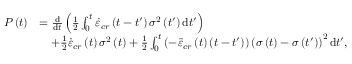
\begin{array} { r l } { P \left( t \right) } & { = \frac { \mathrm { d } } { \mathrm { d } t } \left( \frac { 1 } { 2 } \int _ { 0 } ^ { t } \dot { \varepsilon } _ { c r } \left( t - t ^ { \prime } \right) \sigma ^ { 2 } \left( t ^ { \prime } \right) \mathrm { d } t ^ { \prime } \right) } \\ & { \quad + \frac { 1 } { 2 } \dot { \varepsilon } _ { c r } \left( t \right) \sigma ^ { 2 } \left( t \right) + \frac { 1 } { 2 } \int _ { 0 } ^ { t } \left( - \ddot { \varepsilon } _ { c r } \left( t \right) \left( t - t ^ { \prime } \right) \right) \left( \sigma \left( t \right) - \sigma \left( t ^ { \prime } \right) \right) ^ { 2 } \mathrm { d } t ^ { \prime } , } \end{array}